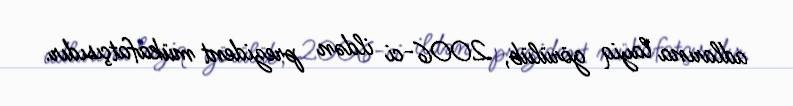
adlarına layiq görülüb, 2006-ci ildən prezident mükafatçısıdır.